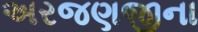
અરજણજીના